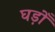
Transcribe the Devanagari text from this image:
घड़ोँ